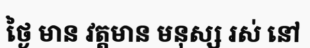
ថ្ងៃ មាន វត្តមាន មនុស្ស រស់ នៅ